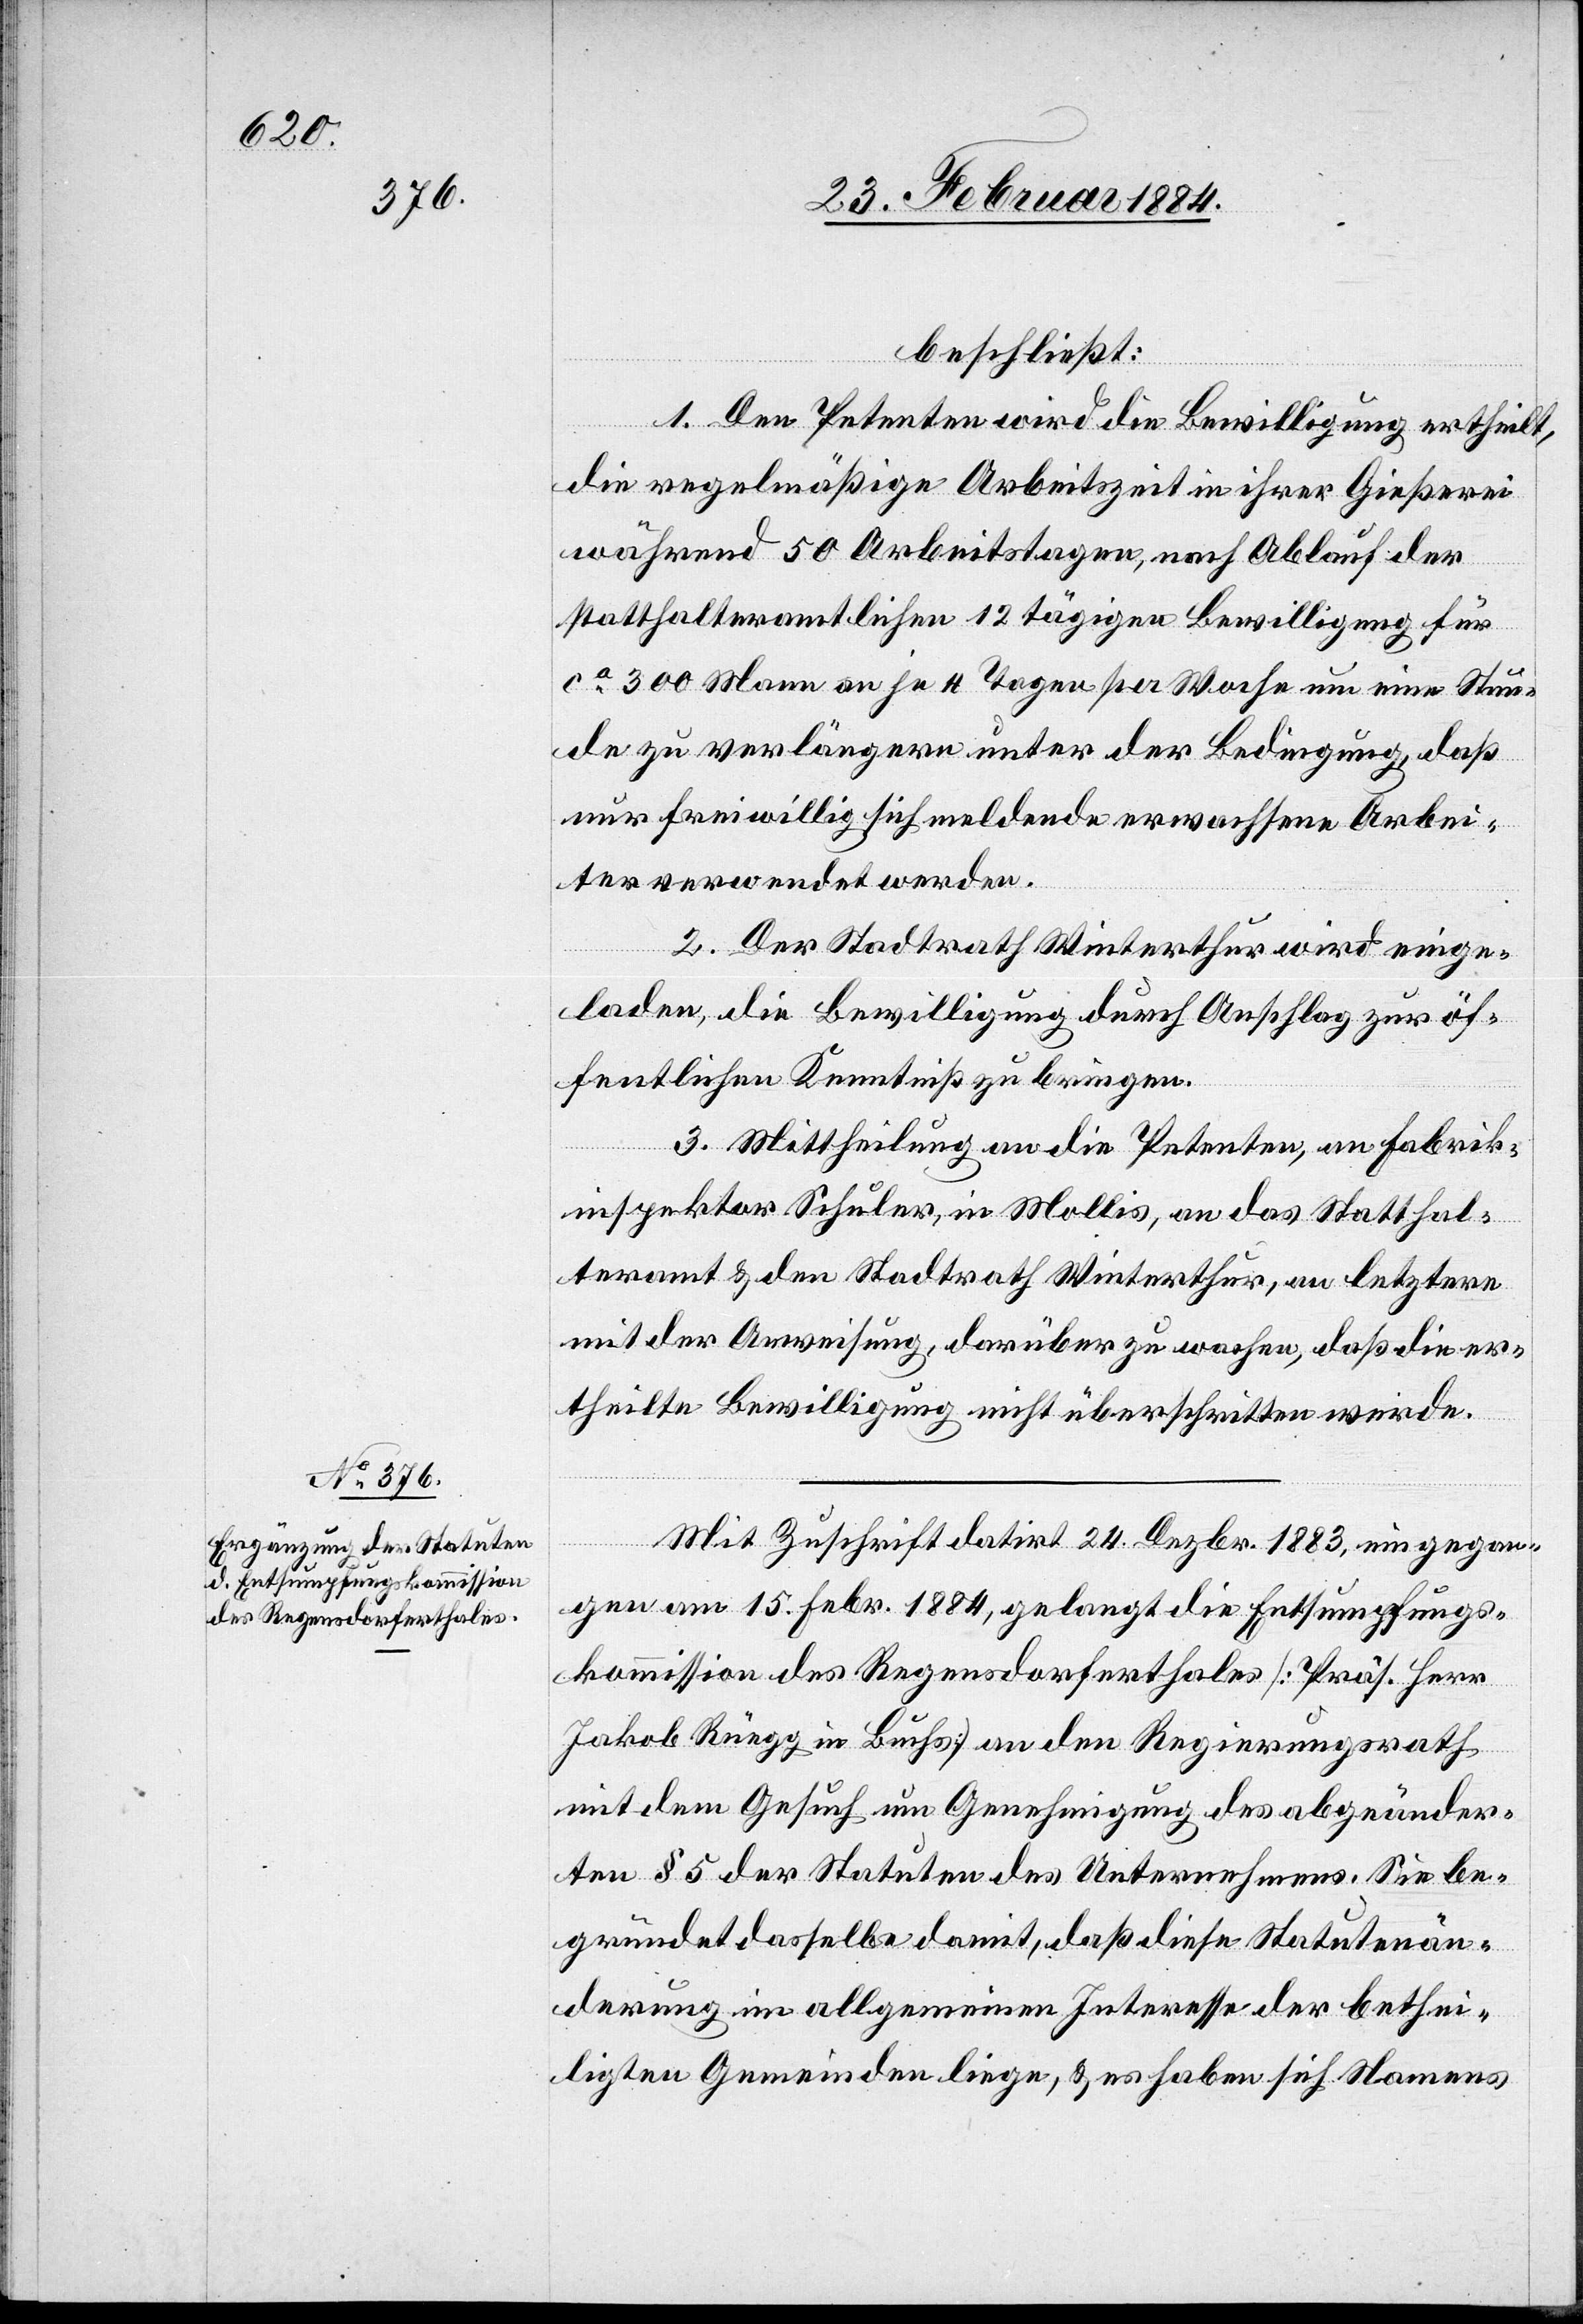
beschließt:
1. Den Petenten wird die Bewilligung ertheilt,
die regelmäßige Arbeitszeit in ihrer Gießerei
während 50 Arbeitstagen, nach Ablauf der
statthalteramtlichen 12tägigen Bewilligung für
ca 300 Mann an je 4 Tagen per Woche um eine Stun¬
de zu verlängern unter der Bedingung, daß
nur freiwillig sich meldende erwachsene Arbei¬
ter verwendet werden.
2. Der Stadtrath Winterthur wird einge¬
laden, die Bewilligung durch Anschlag zur öf¬
fentlichen Kenntniß zu bringen.
3. Mittheilung an die Petenten, an Fabrik¬
inspektor Schuler, in Mollis, an das Statthal¬
teramt & den Stadtrath Winterthur, an letztere
mit der Anweisung, darüber zu wachen, daß die er¬
theilte Bewilligung nicht überschritten werde.
Mit Zuschrift datirt 24. Dezbr. 1883, eingegan¬
gen am 15. Febr. 1884, gelangt die Entsumpfungs¬
kommission des Regensdorferthales [Präs. Herr
Jakob Rüegg in Buchs] an den Regierungsrath
mit dem Gesuch um Genehmigung des abgeänder¬
ten § 5 der Statuten des Unternehmens. Sie be¬
gründet dasselbe damit, daß diese Statutenän¬
derung im allgemeinen Interesse der bethei¬
ligten Gemeinden liege, & es haben sich Namens